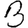
Digit: 3